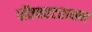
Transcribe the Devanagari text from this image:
पोंतचरटरायण